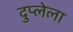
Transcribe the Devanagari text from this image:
दुप्लेला